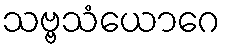
သဗ္ဗသံယောဂေ